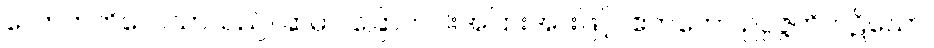
လောဘကိလေသာသည်။ ဆဓာ၊ ခြောက်ပါးအပြားအားဖြင့်။ ဧကတော ဥပ္ပဇ္ဇတိ၊ ပဋိဃော၊